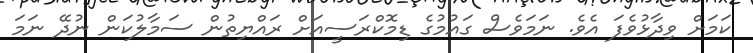
ކަމަށް ވިދާޅުވެފަ އެވެ. ނަމަވެސް ގައުމުގެ ޑިމޮކްރަސީއަށް ރައްޔިތުން ސަމާލުކަން ނުދޭ ނަމަ